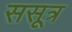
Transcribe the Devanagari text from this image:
ससूत्र